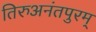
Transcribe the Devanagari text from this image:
तिरुअनंतपुरम्